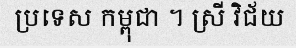
ប្រទេស កម្ពុជា ។ ស្រី វិជ័យ